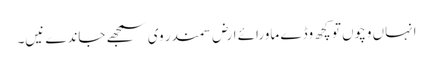
انہاں وچو‏ں تو کچھ وڈے ماورائے ارض سمندر وی سمجھ‏‏ے جاندے نیں۔